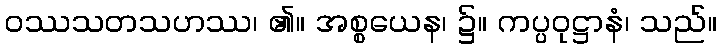
ဝဿသတသဟဿ၊ ၏။ အစ္စယေန၊ ၌။ ကပ္ပဝုဋ္ဌာနံ၊ သည်။